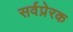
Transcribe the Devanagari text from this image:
सर्वप्रेरक